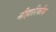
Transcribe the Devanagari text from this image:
नीहारिकीय